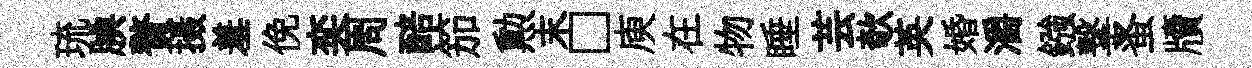
琉腆贅摄羞俛奕周醅笳勲末□庾在物睡芸欹英婚灂鏹撃蚤牘